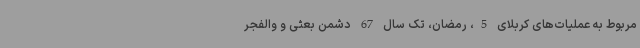
مربوط به عملیات‌های کربلای 5، رمضان، تک سال 67 دشمن بعثی و والفجر